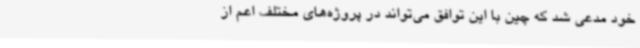
خود مدعی شد که چین با این توافق می‌تواند در پروژه‌های مختلف اعم از